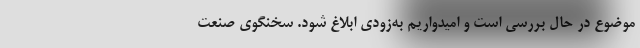
موضوع در حال بررسی است و امیدواریم به‌زودی ابلاغ شود. سخنگوی صنعت